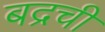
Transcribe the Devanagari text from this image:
बद्रची